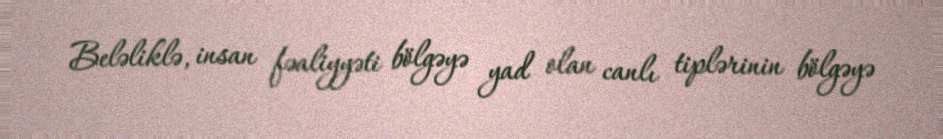
Beləliklə, insan fəaliyyəti bölgəyə yad olan canlı tiplərinin bölgəyə